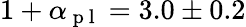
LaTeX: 1+\alpha_{\mathrm{~p~l~}}=3.0\pm 0.2